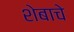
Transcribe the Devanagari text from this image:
शेबाचे